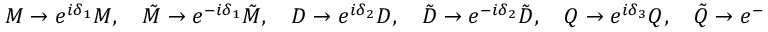
{ \cal M } \to e ^ { i \delta _ { 1 } } { \cal M } , \quad \tilde { \cal M } \to e ^ { - i \delta _ { 1 } } \tilde { \cal M } , \quad { \cal D } \to e ^ { i \delta _ { 2 } } { \cal D } , \quad \tilde { \cal D } \to e ^ { - i \delta _ { 2 } } \tilde { \cal D } , \quad { \cal Q } \to e ^ { i \delta _ { 3 } } { \cal Q } , \quad \tilde { \cal Q } \to e ^ { - i \delta _ { 3 } } \tilde { \cal Q } , \quad